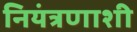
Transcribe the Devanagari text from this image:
नियंत्रणाशी